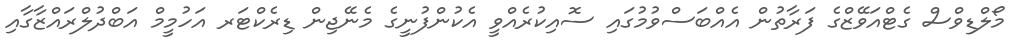
މޯލްޑިވްސް ގެޓްއަވޭޒްގެ ފަރާތުން އެއްބަސްވުމުގައި ސޮއިކުރެއްވީ އެކުންފުނީގެ މެނޭޖިން ޑިރެކްޓަރ އަހުމީމް އަބްދުލްރައްޒާގާއި